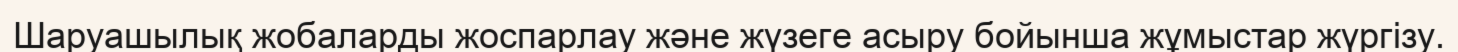
Шаруашылық жобаларды жоспарлау және жүзеге асыру бойынша жұмыстар жүргізу.